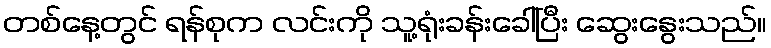
တစ်နေ့တွင် ရန်စုက လင်းကို သူ့ရုံးခန်းခေါ်ပြီး ဆွေးနွေးသည်။